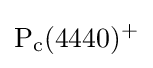
{\rm {P_{c}(4440)^{+}}}